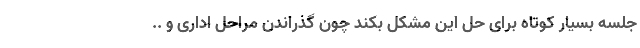
جلسه بسیار کوتاه برای حل این مشکل بکند چون گذراندن مراحل اداری و ..